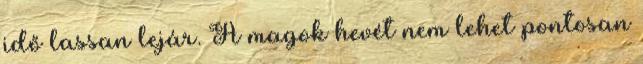
idő lassan lejár. A magok hevét nem lehet pontosan